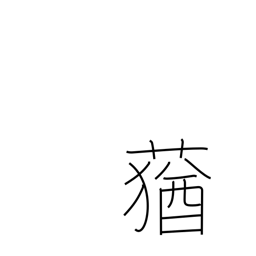
Meaning: foul-smelling grass